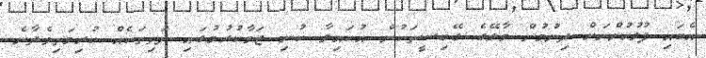
އެބައި ފުލުހުންނަށް ދިނުމުން މާލޭގެ ގޭބިސީތަކުން އުކައިލާ ކުނި ޖަމާކުރުމުގައި ދަތިތަކެއް ކުރިމަތިވެދާނެ